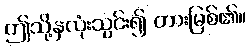
ဤသို့နှလုံးသွင်း၍ တားမြစ်၏။